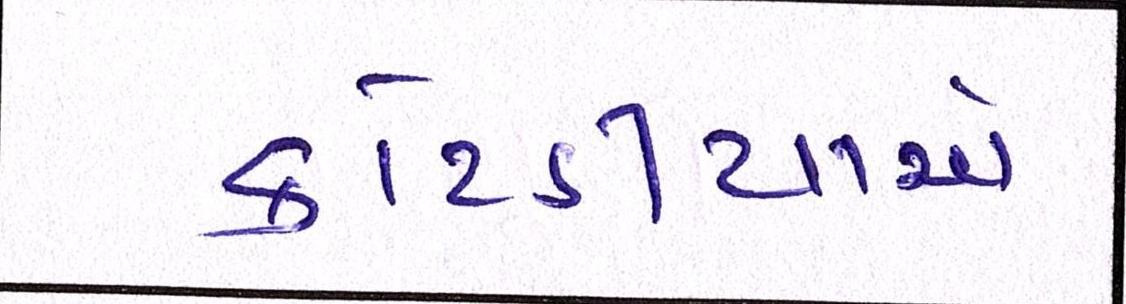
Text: કોટડીયાએ